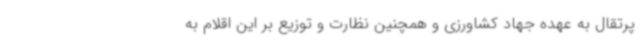
پرتقال به عهده جهاد کشاورزی و همچنین نظارت و توزیع بر این اقلام به